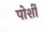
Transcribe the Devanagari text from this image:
पोर्शी